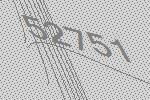
52751